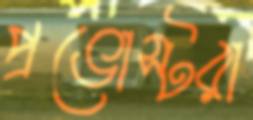
প্রভোস্টরা